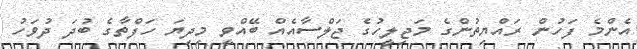
އެންމެ ފަހުން ރައްޔިތުންގެ މަޖިލީހުގެ ޖަލްސާއެއް ބޭއްވީ މިދިޔަ ހަފްތާގެ ބުދަ ދުވަހު